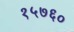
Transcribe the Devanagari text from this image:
१५७६०